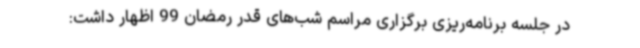
در جلسه برنامه‌ریزی برگزاری مراسم شب‌های قدر رمضان 99 اظهار داشت: